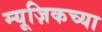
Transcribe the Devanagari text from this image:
म्यूज़िकच्या